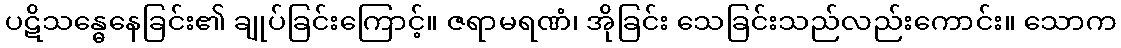
ပဋိသန္ဓေနေခြင်း၏ ချုပ်ခြင်းကြောင့်။ ဇရာမရဏံ၊ အိုခြင်း သေခြင်းသည်လည်းကောင်း။ သောက